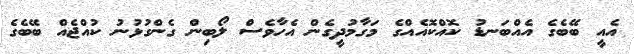
އެއީ ބޭބެގެ އެއްބަނޑު ކޮއްކޮއެއްގެ މަގާމުދީގެން އެހާވެސް ލޯބިން ގެންގުޅުނު ކުއްޖެއް ބޭބެގެ